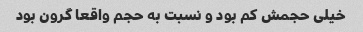
خیلی حجمش کم بود و نسبت به حجم واقعا گرون بود